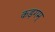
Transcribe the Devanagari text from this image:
कड़गम्‌